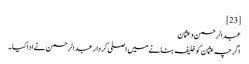
[23]
عبدالرحمن و عثمان
اگرچہ عثمان کو خلیفہ بنانے میں اصلی کردار عبدالرحمن نے ادا کیا۔